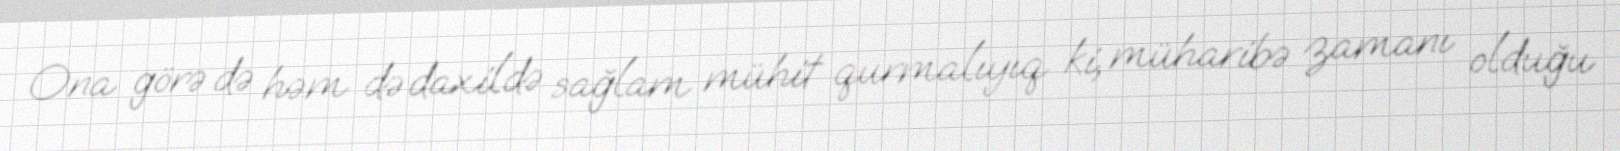
Ona görə də həm də daxildə sağlam mühit qurmalıyıq ki, müharibə zamanı olduğu